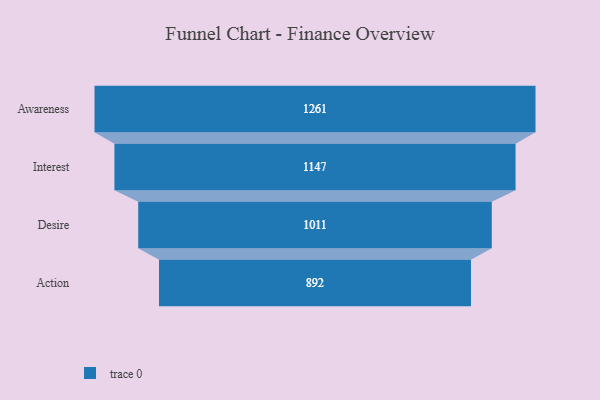
{"axis": {"x": "Stage", "y": "Value"}, "legend": [""], "data": [{"x": "Awareness", "y": 1261.0, "type": ""}, {"x": "Interest", "y": 1147.0, "type": ""}, {"x": "Desire", "y": 1011.0, "type": ""}, {"x": "Action", "y": 892.0, "type": ""}]}